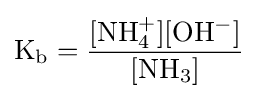
\mathrm {K_{b}={[NH_{4}^{+}][OH^{-}] \over [NH_{3}]}}